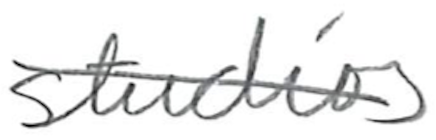
Text: studios
Cross-out: diagonal
Writing tool: pencil